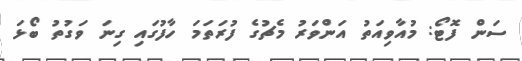
ސަން ފޮޓޯ: މުއާވިއަތު އަންވަރު މެޗުގެ ފުރަތަމަ ހާފުގައި ގިނަ ވަގުތު ބޯޅަ